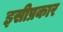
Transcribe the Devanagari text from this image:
इसीप्रकार